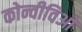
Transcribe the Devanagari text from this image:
कोन्वीविओ